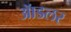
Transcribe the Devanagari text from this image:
ॲाडलर